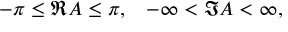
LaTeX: - \pi \leq \Re A \leq \pi , \; \; \; - \infty < \Im A < \infty ,